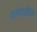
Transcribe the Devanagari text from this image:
कामांवरील